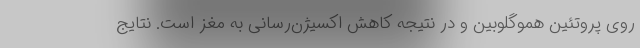
روی پروتئین هموگلوبین و در نتیجه کاهش اکسیژن‌رسانی به مغز است. نتایج